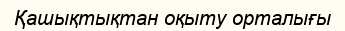
Қашықтықтан оқыту орталығы